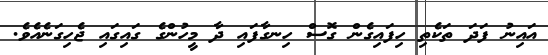
އައިނު ފަދަ ތަކެތި ހިފައިގެން ގޮސް ހިނގާފައި ދާ މީހުންގެ ގައިގައި ޖެހިގަނެއެވެ.